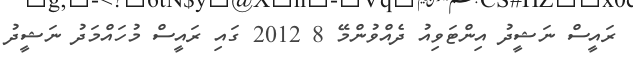
ރައީސް ނަޝީދު އިންޓަވިއު ދެއްވުންމޭ 8 2012 ގައި ރައީސް މުހައްމަދު ނަޝީދު